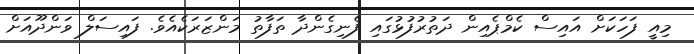
މިއީ ފަހަކަށް އައިސް ކެމްޕެއިން ދަތުރުފުޅުގައި ފެނިގެންދާ ތަފާތު މަންޒަރަކެއެވެ. ފައިސަލް ވަންދޫއަށް